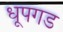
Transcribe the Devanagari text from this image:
धूपगड